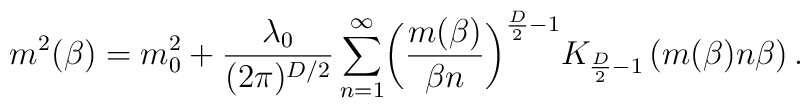
\ m^{2}(\beta)=m^{2}_{0}+\frac{\lambda_{0}}{(2\pi)^{D/2}}\sum^{\infty}_{n=1}\biggl(\frac{m(\beta)}{\beta n}\biggr)^{\frac{D}{2}-1}K_{\frac{D}{2}-1}\left(m(\beta)n\beta\right).